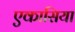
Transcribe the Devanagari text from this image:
एकासिया